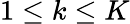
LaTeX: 1\le k\le K